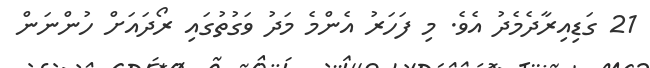
21 ގަޑިއިރާދެމެދު އެވެ. މި ފަހަރު އެންމެ މަދު ވަގުތުގައި ރޯދައަށް ހުންނަން